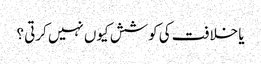
یا خلافت کی کوشش کیوں نہیں کرتی ؟